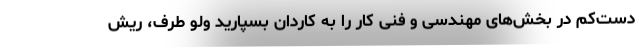
دست‌کم در بخش‌های مهندسی و فنی کار را به کاردان بسپارید ولو طرف، ریش